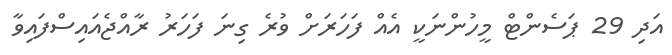
އަދި 29 ޕަސެންޓް މީހުންނަކީ އެއް ފަހަރަށް ވުރެ ގިނަ ފަހަރު ރާއްޖެއައިސްފައިވާ